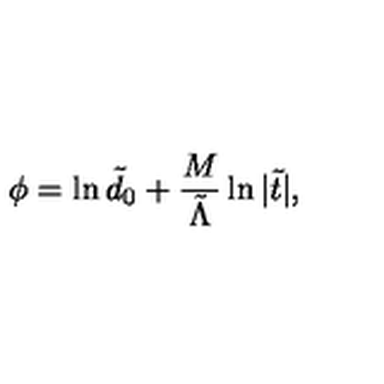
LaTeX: \phi = \ln { \tilde { d } _ { 0 } } + \frac M { \tilde { \Lambda } } \ln { | \tilde { t } | } ,